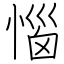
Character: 惱